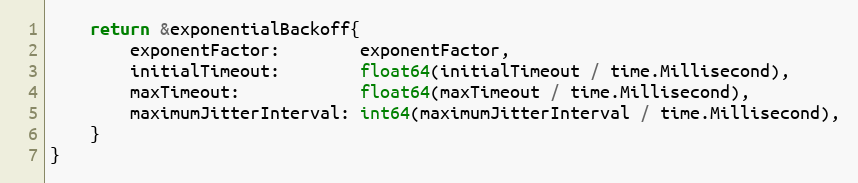
Language: Go
	return &exponentialBackoff{
		exponentFactor:        exponentFactor,
		initialTimeout:        float64(initialTimeout / time.Millisecond),
		maxTimeout:            float64(maxTimeout / time.Millisecond),
		maximumJitterInterval: int64(maximumJitterInterval / time.Millisecond),
	}
}